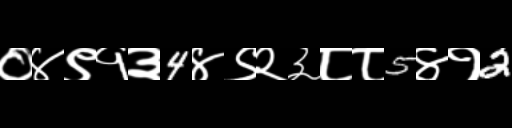
Text: ०४९१३4४९२३८८5४१2